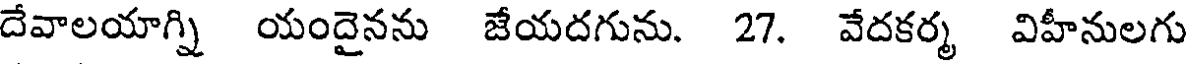
దేవాలయాగ్ని యందైనను జేయదగును. 27. వేదకర్మ విహీనులగు